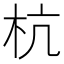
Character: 杭